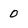
Character: 0